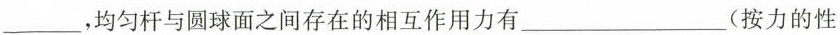
_________，均匀杆与圆球面之间存在的相互作用力有_________(按力的性